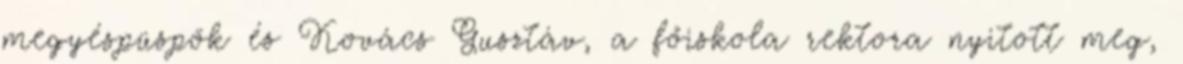
megyéspüspök és Kovács Gusztáv, a főiskola rektora nyitott meg,